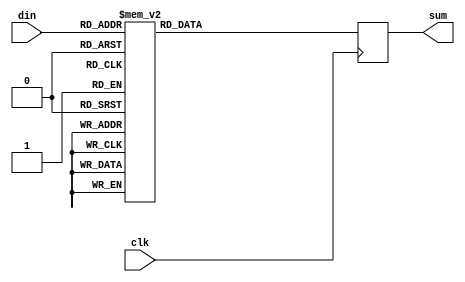
// (C) 2001-2016 Altera Corporation. All rights reserved.
// Your use of Altera Corporation's design tools, logic functions and other 
// software and tools, and its AMPP partner logic functions, and any output 
// files any of the foregoing (including device programming or simulation 
// files), and any associated documentation or information are expressly subject 
// to the terms and conditions of the Altera Program License Subscription 
// Agreement, Altera MegaCore Function License Agreement, or other applicable 
// license agreement, including, without limitation, that your use is for the 
// sole purpose of programming logic devices manufactured by Altera and sold by 
// Altera or its authorized distributors.  Please refer to the applicable 
// agreement for further details.


// $Id: $
// $Revision: $
// $Date: $
// $Author: $
//-----------------------------------------------------------------------------

// Copyright 2012 Altera Corporation. All rights reserved.  
// Altera products are protected under numerous U.S. and foreign patents, 
// maskwork rights, copyrights and other intellectual property laws.  
//
// This reference design file, and your use thereof, is subject to and governed
// by the terms and conditions of the applicable Altera Reference Design 
// License Agreement (either as signed by you or found at www.altera.com).  By
// using this reference design file, you indicate your acceptance of such terms
// and conditions between you and Altera Corporation.  In the event that you do
// not agree with such terms and conditions, you may not use the reference 
// design file and please promptly destroy any copies you have made.
//
// This reference design file is being provided on an "as-is" basis and as an 
// accommodation and therefore all warranties, representations or guarantees of 
// any kind (whether express, implied or statutory) including, without 
// limitation, warranties of merchantability, non-infringement, or fitness for
// a particular purpose, are specifically disclaimed.  By making this reference
// design file available, Altera expressly does not recommend, suggest or 
// require that this reference design file be used in combination with any 
// other product not provided by Altera.
/////////////////////////////////////////////////////////////////////////////

`timescale 1 ps / 1 ps
// baeckler - 02-21-2012

module compressor_4to3 #(
	parameter TARGET_CHIP = 0
)(
	input clk,
	input [3:0] din,
	output [2:0] sum
);

reg [2:0] sum_r = 3'b0 /* synthesis preserve */;

always @(posedge clk) begin
    case (din)
      4'd0: sum_r <= 3'd0;
      4'd1: sum_r <= 3'd1;
      4'd2: sum_r <= 3'd1;
      4'd3: sum_r <= 3'd2;
      4'd4: sum_r <= 3'd1;
      4'd5: sum_r <= 3'd2;
      4'd6: sum_r <= 3'd2;
      4'd7: sum_r <= 3'd3;
      4'd8: sum_r <= 3'd1;
      4'd9: sum_r <= 3'd2;
      4'd10: sum_r <= 3'd2;
      4'd11: sum_r <= 3'd3;
      4'd12: sum_r <= 3'd2;
      4'd13: sum_r <= 3'd3;
      4'd14: sum_r <= 3'd3;
      4'd15: sum_r <= 3'd4;
      default: sum_r <= 3'd0;
    endcase
end

assign sum = sum_r;

endmodule
// BENCHMARK INFO :  5SGXEA7N2F45C2
// BENCHMARK INFO :  Max depth :  1.0 LUTs
// BENCHMARK INFO :  Total registers : 3
// BENCHMARK INFO :  Total pins : 8
// BENCHMARK INFO :  Total virtual pins : 0
// BENCHMARK INFO :  Total block memory bits : 0
// BENCHMARK INFO :  Comb ALUTs :                         ; 4               ;       ;
// BENCHMARK INFO :  ALMs : 2 / 234,720 ( < 1 % )
// BENCHMARK INFO :  Worst setup path @ 468.75MHz : 2.063 ns, From clk~inputCLKENA0FMAX_CAP_FF0, To clk~inputCLKENA0FMAX_CAP_FF1}
// BENCHMARK INFO :  Worst setup path @ 468.75MHz : 2.063 ns, From clk~inputCLKENA0FMAX_CAP_FF0, To clk~inputCLKENA0FMAX_CAP_FF1}
// BENCHMARK INFO :  Worst setup path @ 468.75MHz : 2.063 ns, From clk~inputCLKENA0FMAX_CAP_FF0, To clk~inputCLKENA0FMAX_CAP_FF1}